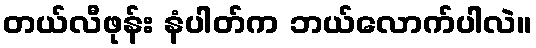
တယ်လီဖုန်း နံပါတ်က ဘယ်လောက်ပါလဲ။